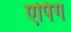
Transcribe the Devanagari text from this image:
एपिंग